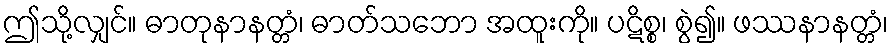
ဤသို့လျှင်။ ဓာတုနာနတ္တံ၊ ဓာတ်သဘော အထူးကို။ ပဋိစ္စ၊ စွဲ၍။ ဖဿနာနတ္တံ၊